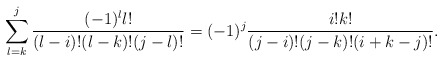
\begin{align*}\sum^j_{l =k}{{(-1)^l l!} \over {(l-i)!(l-k)!(j-l)!}}=(-1)^j{{i!k!} \over {(j-i)!(j-k)! (i+k-j)!}}.\end{align*}